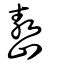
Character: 嶅